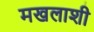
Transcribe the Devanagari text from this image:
मखलाशी